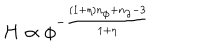
LaTeX: H \propto \phi ^ { - \frac { ( 1 + \eta ) n _ { \phi } + n _ { \partial } - 3 } { 1 + \eta } }